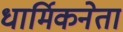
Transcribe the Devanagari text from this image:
धार्मिकनेता